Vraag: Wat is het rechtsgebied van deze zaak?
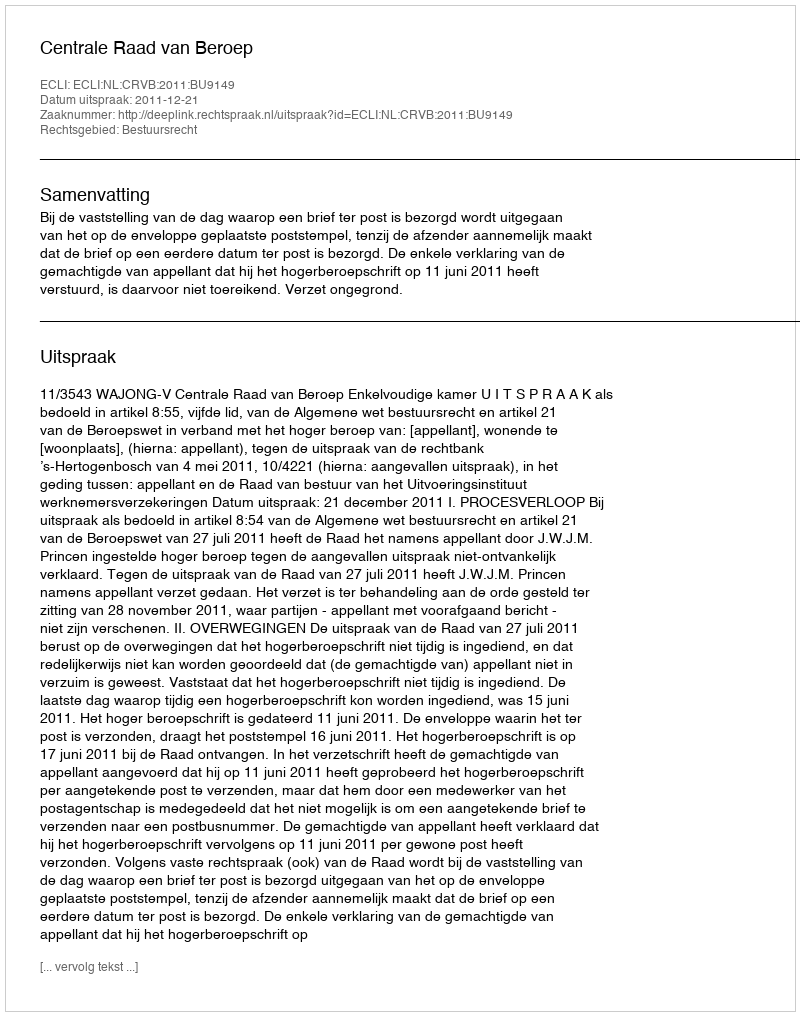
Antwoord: Bestuursrecht